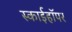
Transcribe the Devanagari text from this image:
स्काईहॉपर